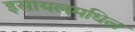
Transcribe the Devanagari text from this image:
इस्रायलमधिल